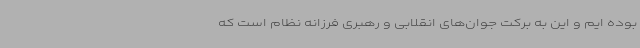
بوده ایم و این به برکت جوان‌های انقلابی و رهبری فرزانه نظام است که